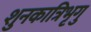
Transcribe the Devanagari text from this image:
शुनकात्रिभृगु